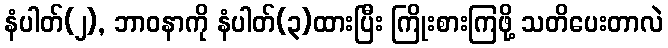
နံပါတ်(၂), ဘာဝနာကို နံပါတ်(၃)ထားပြီး ကြိုးစားကြဖို့ သတိပေးတာလဲ